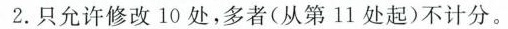
2. 只允许修改10处，多者(从第11处起)不计分。